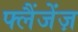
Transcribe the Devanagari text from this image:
फ्लैंजेंज़